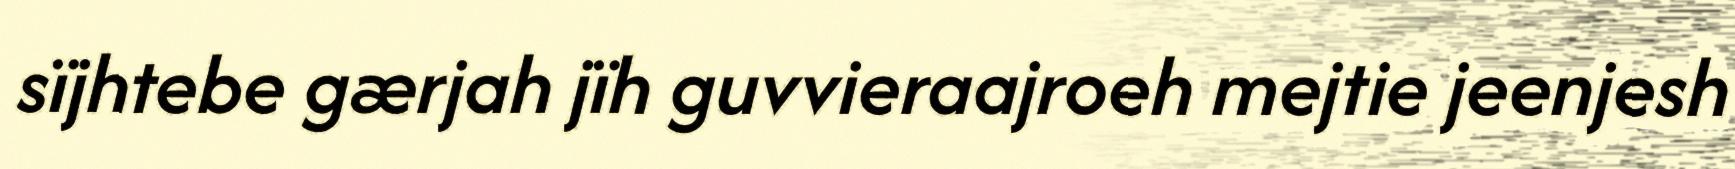
sïjhtebe gærjah jïh guvvieraajroeh mejtie jeenjesh